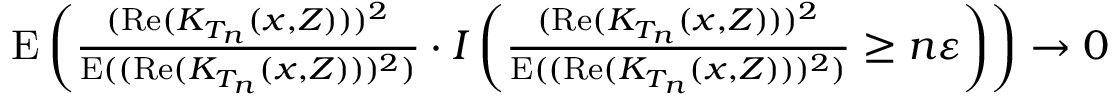
\begin{array} { r } { \mathrm { E } \left( \frac { ( \mathrm { R e } ( K _ { T _ { n } } ( x , Z ) ) ) ^ { 2 } } { \mathrm { E } ( ( \mathrm { R e } ( K _ { T _ { n } } ( x , Z ) ) ) ^ { 2 } ) } \cdot I \left( \frac { ( \mathrm { R e } ( K _ { T _ { n } } ( x , Z ) ) ) ^ { 2 } } { \mathrm { E } ( ( \mathrm { R e } ( K _ { T _ { n } } ( x , Z ) ) ) ^ { 2 } ) } \geq n \varepsilon \right) \right) \rightarrow 0 } \end{array}